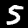
Label: 5